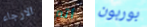
الارجاء أتم بوربون